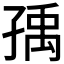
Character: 𡥶